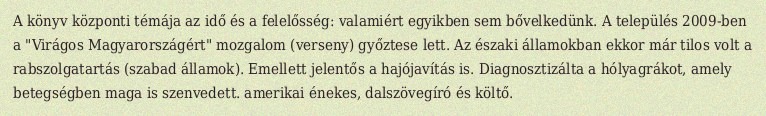
A könyv központi témája az idő és a felelősség: valamiért egyikben sem bővelkedünk. A település 2009-ben a "Virágos Magyarországért" mozgalom (verseny) győztese lett. Az északi államokban ekkor már tilos volt a rabszolgatartás (szabad államok). Emellett jelentős a hajójavítás is. Diagnosztizálta a hólyagrákot, amely betegségben maga is szenvedett. amerikai énekes, dalszövegíró és költő.